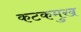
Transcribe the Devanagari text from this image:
कटकमुख